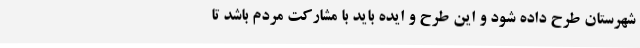
شهرستان طرح داده شود و این طرح و ایده باید با مشارکت مردم باشد تا